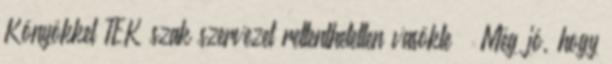
Könyökkel TEK szak szervezet rettenthetetlen vasökle „Még jó, hogy